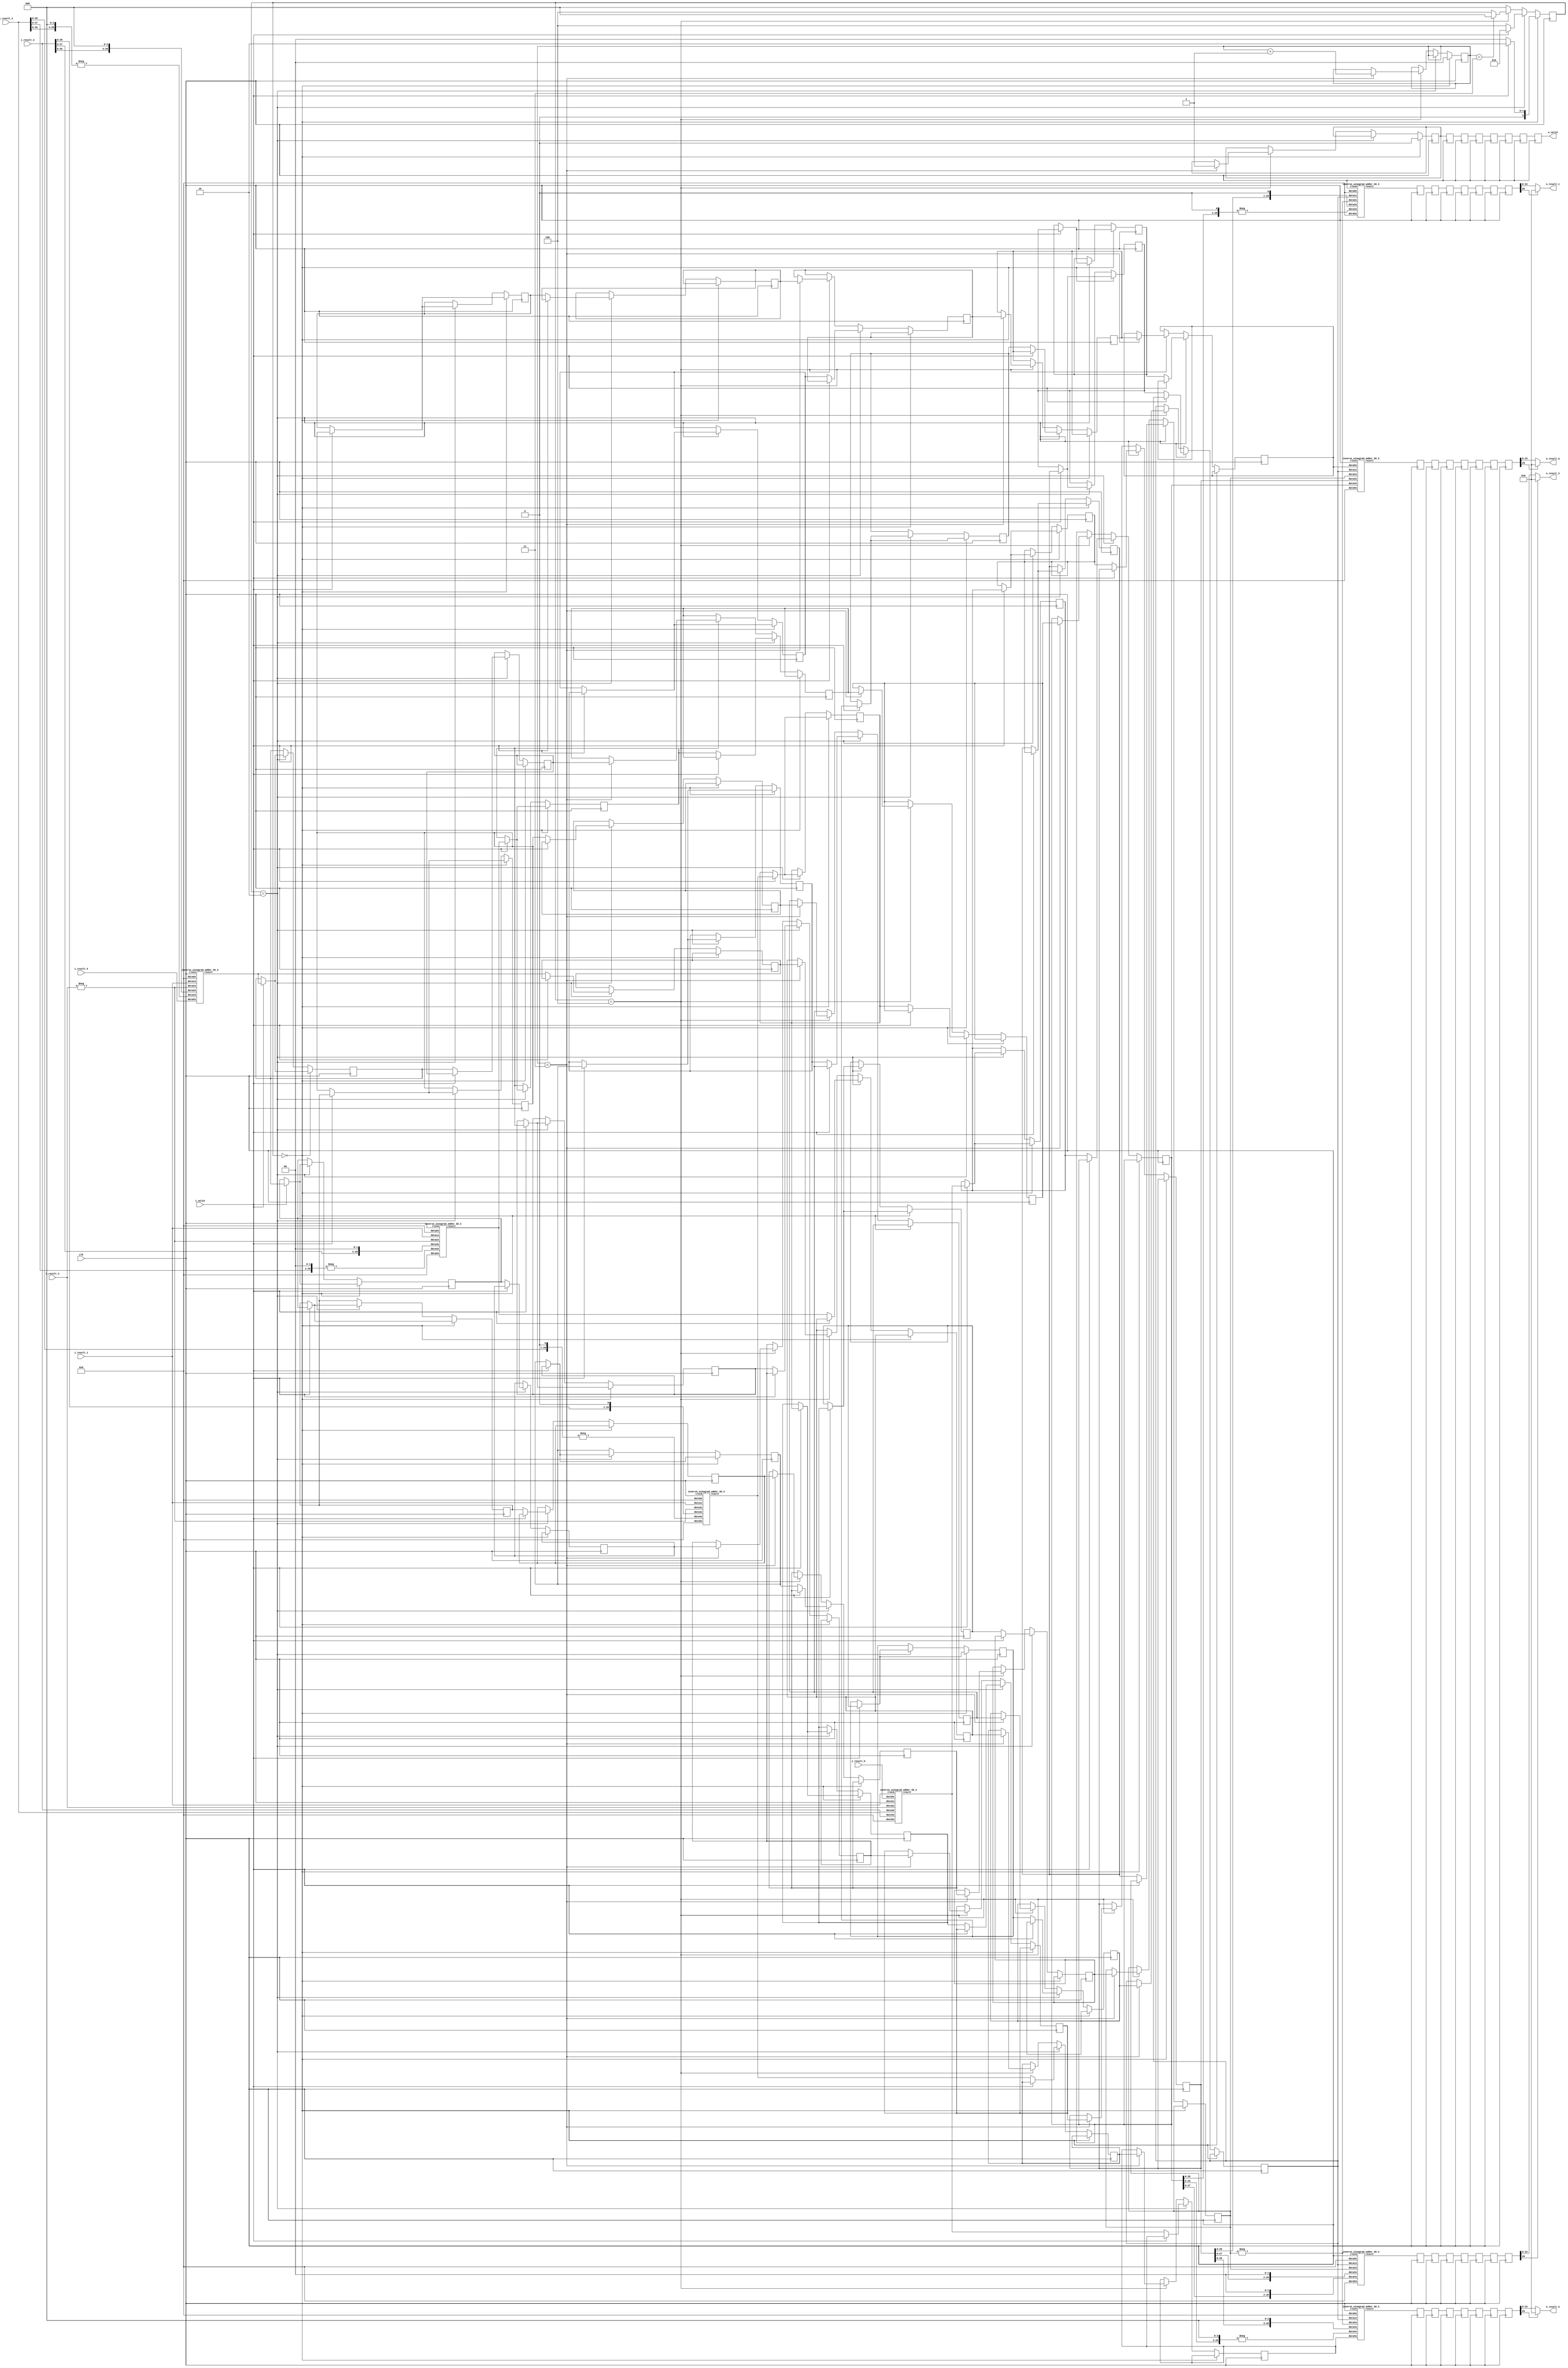
`define SIMULATION_MEMORY

module inverse_winograd_9 (
	input clk,
	input i_valid,
	input [29:0] i_result_0,
	input [29:0] i_result_1,
	input [29:0] i_result_2,
	input [29:0] i_result_3,
	input [29:0] i_result_4,
	input [29:0] i_result_5,
	output [15:0] o_result_0,
	output [15:0] o_result_1,
	output [15:0] o_result_2,
	output [15:0] o_result_3,
	output o_valid
);

reg [2:0] state, next_state;
wire [29:0] adders_res_0_0;
reg [29:0] serialize_reg_0_0;
reg [29:0] adders_res_0_1;
reg [29:0] serialize_reg_0_1;
reg [29:0] adders_res_0_2;
reg [29:0] serialize_reg_0_2;
reg [29:0] adders_res_0_3;
reg [29:0] serialize_reg_0_3;
reg [29:0] adders_res_0_4;
reg [29:0] serialize_reg_0_4;
reg [29:0] adders_res_0_5;
reg [29:0] serialize_reg_0_5;
wire [29:0] adders_res_1_0;
reg [29:0] serialize_reg_1_0;
reg [29:0] adders_res_1_1;
reg [29:0] serialize_reg_1_1;
reg [29:0] adders_res_1_2;
reg [29:0] serialize_reg_1_2;
reg [29:0] adders_res_1_3;
reg [29:0] serialize_reg_1_3;
reg [29:0] adders_res_1_4;
reg [29:0] serialize_reg_1_4;
reg [29:0] adders_res_1_5;
reg [29:0] serialize_reg_1_5;
wire [29:0] adders_res_2_0;
reg [29:0] serialize_reg_2_0;
reg [29:0] adders_res_2_1;
reg [29:0] serialize_reg_2_1;
reg [29:0] adders_res_2_2;
reg [29:0] serialize_reg_2_2;
reg [29:0] adders_res_2_3;
reg [29:0] serialize_reg_2_3;
reg [29:0] adders_res_2_4;
reg [29:0] serialize_reg_2_4;
reg [29:0] adders_res_2_5;
reg [29:0] serialize_reg_2_5;
wire [29:0] adders_res_3_0;
reg [29:0] serialize_reg_3_0;
reg [29:0] adders_res_3_1;
reg [29:0] serialize_reg_3_1;
reg [29:0] adders_res_3_2;
reg [29:0] serialize_reg_3_2;
reg [29:0] adders_res_3_3;
reg [29:0] serialize_reg_3_3;
reg [29:0] adders_res_3_4;
reg [29:0] serialize_reg_3_4;
reg [29:0] adders_res_3_5;
reg [29:0] serialize_reg_3_5;

wire [29:0] result_reg_0_0;
wire [29:0] result_reg_0_1;
wire [29:0] result_reg_0_2;
wire [29:0] result_reg_0_3;
reg [29:0] result_reg_1_0;
reg [29:0] result_reg_1_1;
reg [29:0] result_reg_1_2;
reg [29:0] result_reg_1_3;
reg [29:0] result_reg_2_0;
reg [29:0] result_reg_2_1;
reg [29:0] result_reg_2_2;
reg [29:0] result_reg_2_3;
reg [29:0] result_reg_3_0;
reg [29:0] result_reg_3_1;
reg [29:0] result_reg_3_2;
reg [29:0] result_reg_3_3;
reg [29:0] result_reg_4_0;
reg [29:0] result_reg_4_1;
reg [29:0] result_reg_4_2;
reg [29:0] result_reg_4_3;
reg [29:0] result_reg_5_0;
reg [29:0] result_reg_5_1;
reg [29:0] result_reg_5_2;
reg [29:0] result_reg_5_3;
reg [29:0] result_reg_6_0;
reg [29:0] result_reg_6_1;
reg [29:0] result_reg_6_2;
reg [29:0] result_reg_6_3;
reg [29:0] result_reg_7_0;
reg [29:0] result_reg_7_1;
reg [29:0] result_reg_7_2;
reg [29:0] result_reg_7_3;

reg out_valid_0;
reg out_valid_1;
reg out_valid_2;
reg out_valid_3;
reg out_valid_4;
reg out_valid_5;
reg out_valid_6;
reg out_valid_7;
reg [1:0] serialize_count;

always @ (posedge clk) begin
	out_valid_1 <= out_valid_0;
	result_reg_1_0 <= result_reg_0_0;
	result_reg_1_1 <= result_reg_0_1;
	result_reg_1_2 <= result_reg_0_2;
	result_reg_1_3 <= result_reg_0_3;
	out_valid_2 <= out_valid_1;
	result_reg_2_0 <= result_reg_1_0;
	result_reg_2_1 <= result_reg_1_1;
	result_reg_2_2 <= result_reg_1_2;
	result_reg_2_3 <= result_reg_1_3;
	out_valid_3 <= out_valid_2;
	result_reg_3_0 <= result_reg_2_0;
	result_reg_3_1 <= result_reg_2_1;
	result_reg_3_2 <= result_reg_2_2;
	result_reg_3_3 <= result_reg_2_3;
	out_valid_4 <= out_valid_3;
	result_reg_4_0 <= result_reg_3_0;
	result_reg_4_1 <= result_reg_3_1;
	result_reg_4_2 <= result_reg_3_2;
	result_reg_4_3 <= result_reg_3_3;
	out_valid_5 <= out_valid_4;
	result_reg_5_0 <= result_reg_4_0;
	result_reg_5_1 <= result_reg_4_1;
	result_reg_5_2 <= result_reg_4_2;
	result_reg_5_3 <= result_reg_4_3;
	out_valid_6 <= out_valid_5;
	result_reg_6_0 <= result_reg_5_0;
	result_reg_6_1 <= result_reg_5_1;
	result_reg_6_2 <= result_reg_5_2;
	result_reg_6_3 <= result_reg_5_3;
	out_valid_7 <= out_valid_6;
	result_reg_7_0 <= result_reg_6_0;
	result_reg_7_1 <= result_reg_6_1;
	result_reg_7_2 <= result_reg_6_2;
	result_reg_7_3 <= result_reg_6_3;
end

// FSM Combinational Logic
always @ (state or i_valid or serialize_count) begin
	if(state == 3'b000) begin
		if(i_valid == 1'b1)begin
			next_state = 3'b010;
		end else begin
			next_state = 3'b000;
		end
	end else if (state == 3'b010) begin
		if(i_valid == 1'b0) begin
			next_state = 3'b100;
		end else begin
			next_state = 3'b010;
		end
	end else if (state == 3'b100) begin
		if(serialize_count == 3)begin
			next_state = 3'b000;
		end else begin
			next_state = 3'b100;
		end
	end else begin
		next_state = 3'b000;
	end
end

// FSM Sequential Logic
always @ (posedge clk) begin
	if (state == 3'b000) begin
		serialize_count <= 0;
		out_valid_0 <= 0;
		if (i_valid == 1'b1) begin
			adders_res_0_1 <= adders_res_0_0;
			adders_res_1_1 <= adders_res_1_0;
			adders_res_2_1 <= adders_res_2_0;
			adders_res_3_1 <= adders_res_3_0;
			adders_res_0_2 <= adders_res_0_1;
			adders_res_1_2 <= adders_res_1_1;
			adders_res_2_2 <= adders_res_2_1;
			adders_res_3_2 <= adders_res_3_1;
			adders_res_0_3 <= adders_res_0_2;
			adders_res_1_3 <= adders_res_1_2;
			adders_res_2_3 <= adders_res_2_2;
			adders_res_3_3 <= adders_res_3_2;
			adders_res_0_4 <= adders_res_0_3;
			adders_res_1_4 <= adders_res_1_3;
			adders_res_2_4 <= adders_res_2_3;
			adders_res_3_4 <= adders_res_3_3;
			adders_res_0_5 <= adders_res_0_4;
			adders_res_1_5 <= adders_res_1_4;
			adders_res_2_5 <= adders_res_2_4;
			adders_res_3_5 <= adders_res_3_4;
		end
	end else if (state == 3'b010) begin
		if(i_valid == 1'b1) begin
			adders_res_0_1 <= adders_res_0_0;
			adders_res_1_1 <= adders_res_1_0;
			adders_res_2_1 <= adders_res_2_0;
			adders_res_3_1 <= adders_res_3_0;
			adders_res_0_2 <= adders_res_0_1;
			adders_res_1_2 <= adders_res_1_1;
			adders_res_2_2 <= adders_res_2_1;
			adders_res_3_2 <= adders_res_3_1;
			adders_res_0_3 <= adders_res_0_2;
			adders_res_1_3 <= adders_res_1_2;
			adders_res_2_3 <= adders_res_2_2;
			adders_res_3_3 <= adders_res_3_2;
			adders_res_0_4 <= adders_res_0_3;
			adders_res_1_4 <= adders_res_1_3;
			adders_res_2_4 <= adders_res_2_3;
			adders_res_3_4 <= adders_res_3_3;
			adders_res_0_5 <= adders_res_0_4;
			adders_res_1_5 <= adders_res_1_4;
			adders_res_2_5 <= adders_res_2_4;
			adders_res_3_5 <= adders_res_3_4;
		end else begin
			serialize_reg_0_0 <= adders_res_0_0;
			serialize_reg_1_0 <= adders_res_1_0;
			serialize_reg_2_0 <= adders_res_2_0;
			serialize_reg_3_0 <= adders_res_3_0;
			serialize_reg_0_1 <= adders_res_0_1;
			serialize_reg_1_1 <= adders_res_1_1;
			serialize_reg_2_1 <= adders_res_2_1;
			serialize_reg_3_1 <= adders_res_3_1;
			serialize_reg_0_2 <= adders_res_0_2;
			serialize_reg_1_2 <= adders_res_1_2;
			serialize_reg_2_2 <= adders_res_2_2;
			serialize_reg_3_2 <= adders_res_3_2;
			serialize_reg_0_3 <= adders_res_0_3;
			serialize_reg_1_3 <= adders_res_1_3;
			serialize_reg_2_3 <= adders_res_2_3;
			serialize_reg_3_3 <= adders_res_3_3;
			serialize_reg_0_4 <= adders_res_0_4;
			serialize_reg_1_4 <= adders_res_1_4;
			serialize_reg_2_4 <= adders_res_2_4;
			serialize_reg_3_4 <= adders_res_3_4;
			serialize_reg_0_5 <= adders_res_0_5;
			serialize_reg_1_5 <= adders_res_1_5;
			serialize_reg_2_5 <= adders_res_2_5;
			serialize_reg_3_5 <= adders_res_3_5;
		end
	end else if (state == 3'b100) begin
		if (serialize_count < 3) begin
			serialize_reg_0_0 <= serialize_reg_1_0;
			serialize_reg_0_1 <= serialize_reg_1_1;
			serialize_reg_0_2 <= serialize_reg_1_2;
			serialize_reg_0_3 <= serialize_reg_1_3;
			serialize_reg_0_4 <= serialize_reg_1_4;
			serialize_reg_0_5 <= serialize_reg_1_5;
			serialize_reg_1_0 <= serialize_reg_2_0;
			serialize_reg_1_1 <= serialize_reg_2_1;
			serialize_reg_1_2 <= serialize_reg_2_2;
			serialize_reg_1_3 <= serialize_reg_2_3;
			serialize_reg_1_4 <= serialize_reg_2_4;
			serialize_reg_1_5 <= serialize_reg_2_5;
			serialize_reg_2_0 <= serialize_reg_3_0;
			serialize_reg_2_1 <= serialize_reg_3_1;
			serialize_reg_2_2 <= serialize_reg_3_2;
			serialize_reg_2_3 <= serialize_reg_3_3;
			serialize_reg_2_4 <= serialize_reg_3_4;
			serialize_reg_2_5 <= serialize_reg_3_5;
			serialize_count <= serialize_count + 1'b1;
			out_valid_0 <= 1;
		end
	end
	state <=  next_state;
end

// AT Adders
inverse_winograd_adder_30_3 inverse_winograd_adder_30_3_inst_IWA0 (
	.data0x(i_result_0),
	.data1x(i_result_1),
	.data2x(i_result_2),
	.data3x(i_result_3),
	.data4x(i_result_4),
	.data5x({ (30) {1'b0} }),
	.clock(clk),
	.result(adders_res_0_0)
);
wire [29:0] f1, f2;
assign f1 = -i_result_2;
assign f2 = -{i_result_4[28:0], 1'b0};
inverse_winograd_adder_30_3 inverse_winograd_adder_30_3_inst_IWA1 (
	.data0x({ (30){1'b0} }),
	.data1x(i_result_1),
	.data2x(f1),
	.data3x({i_result_3[28:0], 1'b0}),
	.data4x(f2),
	.data5x({ (30){1'b0} }),
	.clock(clk),
	.result(adders_res_1_0)
);
wire [29:0] f3, f4;
assign f3 = -i_result_2;
assign f4 = -{i_result_4[27:0], 2'b00};
inverse_winograd_adder_30_3 inverse_winograd_adder_30_3_inst_IWA2 (
	.data0x({ (30){1'b0} }),
	.data1x(i_result_1),
	.data2x(f3),
	.data3x({i_result_3[27:0], 2'b00}),
	.data4x(f4),
	.data5x({ (30){1'b0} }),
	.clock(clk),
	.result(adders_res_2_0)
);
wire [29:0] f5, f6;
assign f5 = -i_result_2;
assign f6 = -{i_result_4[26:0], 3'b000};
inverse_winograd_adder_30_3 inverse_winograd_adder_30_3_inst_IWA3 (
	.data0x({ (30){1'b0} }),
	.data1x(i_result_1),
	.data2x(f5),
	.data3x({i_result_3[26:0], 3'b000}),
	.data4x(f6),
	.data5x(i_result_5),
	.clock(clk),
	.result(adders_res_3_0)
);

// A Adders
inverse_winograd_adder_30_3 inverse_winograd_adder_30_3_inst_IWAT0 (
	.data0x(serialize_reg_0_5),
	.data1x(serialize_reg_0_4),
	.data2x(serialize_reg_0_3),
	.data3x(serialize_reg_0_2),
	.data4x(serialize_reg_0_1),
	.data5x({ (30) {1'b0} }),
	.clock(clk),
	.result(result_reg_0_0)
);
wire [29:0] f7, f8;
assign f7 = -serialize_reg_0_3;
assign f8 = -{serialize_reg_0_1[28:0], 1'b0};
inverse_winograd_adder_30_3 inverse_winograd_adder_30_3_inst_IWAT1 (
	.data0x({ (30){1'b0} }),
	.data1x(serialize_reg_0_4),
	.data2x(f7),
	.data3x({serialize_reg_0_2[28:0], 1'b0}),
	.data4x(f8),
	.data5x({ (30){1'b0} }),
	.clock(clk),
	.result(result_reg_0_1)
);
inverse_winograd_adder_30_3 inverse_winograd_adder_30_3_inst_IWAT2 (
	.data0x({ (30){1'b0} }),
	.data1x(serialize_reg_0_4),
	.data2x(serialize_reg_0_3),
	.data3x({serialize_reg_0_2[27:0], 2'b00}),
	.data4x({serialize_reg_0_1[27:0], 2'b00}),
	.data5x({ (30){1'b0} }),
	.clock(clk),
	.result(result_reg_0_2)
);
wire [29:0] f9, f10;
assign f9 = -serialize_reg_0_3;
assign f10 = -{serialize_reg_0_1[26:0], 3'b000};
inverse_winograd_adder_30_3 inverse_winograd_adder_30_3_inst_IWAT3 (
	.data0x({ (30){1'b0} }),
	.data1x(serialize_reg_0_4),
	.data2x(f9),
	.data3x({serialize_reg_0_2[26:0], 3'b000}),
	.data4x(f10),
	.data5x(serialize_reg_0_0),
	.clock(clk),
	.result(result_reg_0_3)
);

reg [15:0] result_wire_0;
reg [15:0] result_wire_1;
reg [15:0] result_wire_2;
reg [15:0] result_wire_3;

always @ (*) begin
	if(result_reg_7_0[29] == 1'b0) begin
		result_wire_0 <= result_reg_7_0[23:8];
	end else begin
		result_wire_0 <= { (16){1'b0} };
	end
	if(result_reg_7_1[29] == 1'b0) begin
		result_wire_1 <= result_reg_7_1[23:8];
	end else begin
		result_wire_1 <= { (16){1'b0} };
	end
	if(result_reg_7_2[29] == 1'b0) begin
		result_wire_2 <= result_reg_7_2[23:8];
	end else begin
		result_wire_2 <= { (16){1'b0} };
	end
	if(result_reg_7_3[29] == 1'b0) begin
		result_wire_3 <= result_reg_7_3[23:8];
	end else begin
		result_wire_3 <= { (16){1'b0} };
	end
end

assign o_valid = out_valid_7;
assign o_result_0 = result_wire_0;
assign o_result_1 = result_wire_1;
assign o_result_2 = result_wire_2;
assign o_result_3 = result_wire_3;

endmodule

module inverse_winograd_adder_30_3 (
	input clock,
	input [29:0] data0x,
	input [29:0] data1x,
	input [29:0] data2x,
	input [29:0] data3x,
	input [29:0] data4x,
	input [29:0] data5x,
	output [29:0] result
);

reg [32:0] pipeline_0_0;
reg [32:0] pipeline_0_1;
reg [32:0] pipeline_0_2;
reg [32:0] pipeline_1_0;
reg [32:0] pipeline_1_1;
reg [32:0] pipeline_2_0;

always @ (posedge clock) begin
	pipeline_0_0 <= data0x + data1x;
	pipeline_0_1 <= data2x + data3x;
	pipeline_0_2 <= data4x + data5x;
	pipeline_1_0 <= pipeline_0_0 + pipeline_0_1;
	pipeline_1_1 <= pipeline_0_2;
	pipeline_2_0 <= pipeline_1_0 + pipeline_1_1;
end

assign result = pipeline_2_0;

endmodule